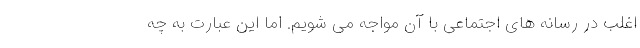
اغلب در رسانه های اجتماعی با آن مواجه می شویم. اما این عبارت به چه